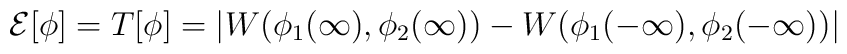
{\cal E}[\phi]=T[\phi]=|W(\phi_1(\infty),\phi_2(\infty))-W(\phi_1(-\infty),\phi_2(-\infty))|